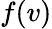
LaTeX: f(v)